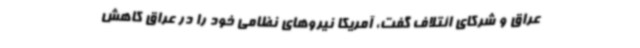
عراق و شرکای ائتلاف گفت، آمریکا نیروهای نظامی خود را در عراق کاهش